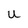
Character: U